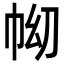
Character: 𢂅